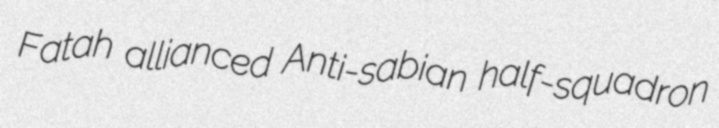
Fatah allianced Anti-sabian half-squadron